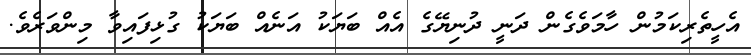
އެހީތެރިކަމުން ހާމަވެގެން ދަނީ ދުނިޔޭގެ އެއް ބަޔަކު އަނެއް ބަޔަކު ގުޅިފައިވާ މިންވަރެވެ.